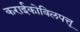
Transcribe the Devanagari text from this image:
कराईकोविलपत्तू